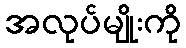
အလုပ်မျိုးကို